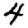
Digit: 4